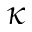
\kappa